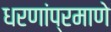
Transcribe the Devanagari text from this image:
धरणांप्रमाणे